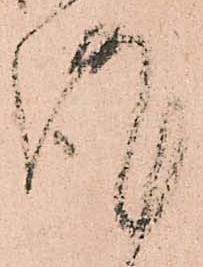
謹